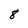
Character: 8